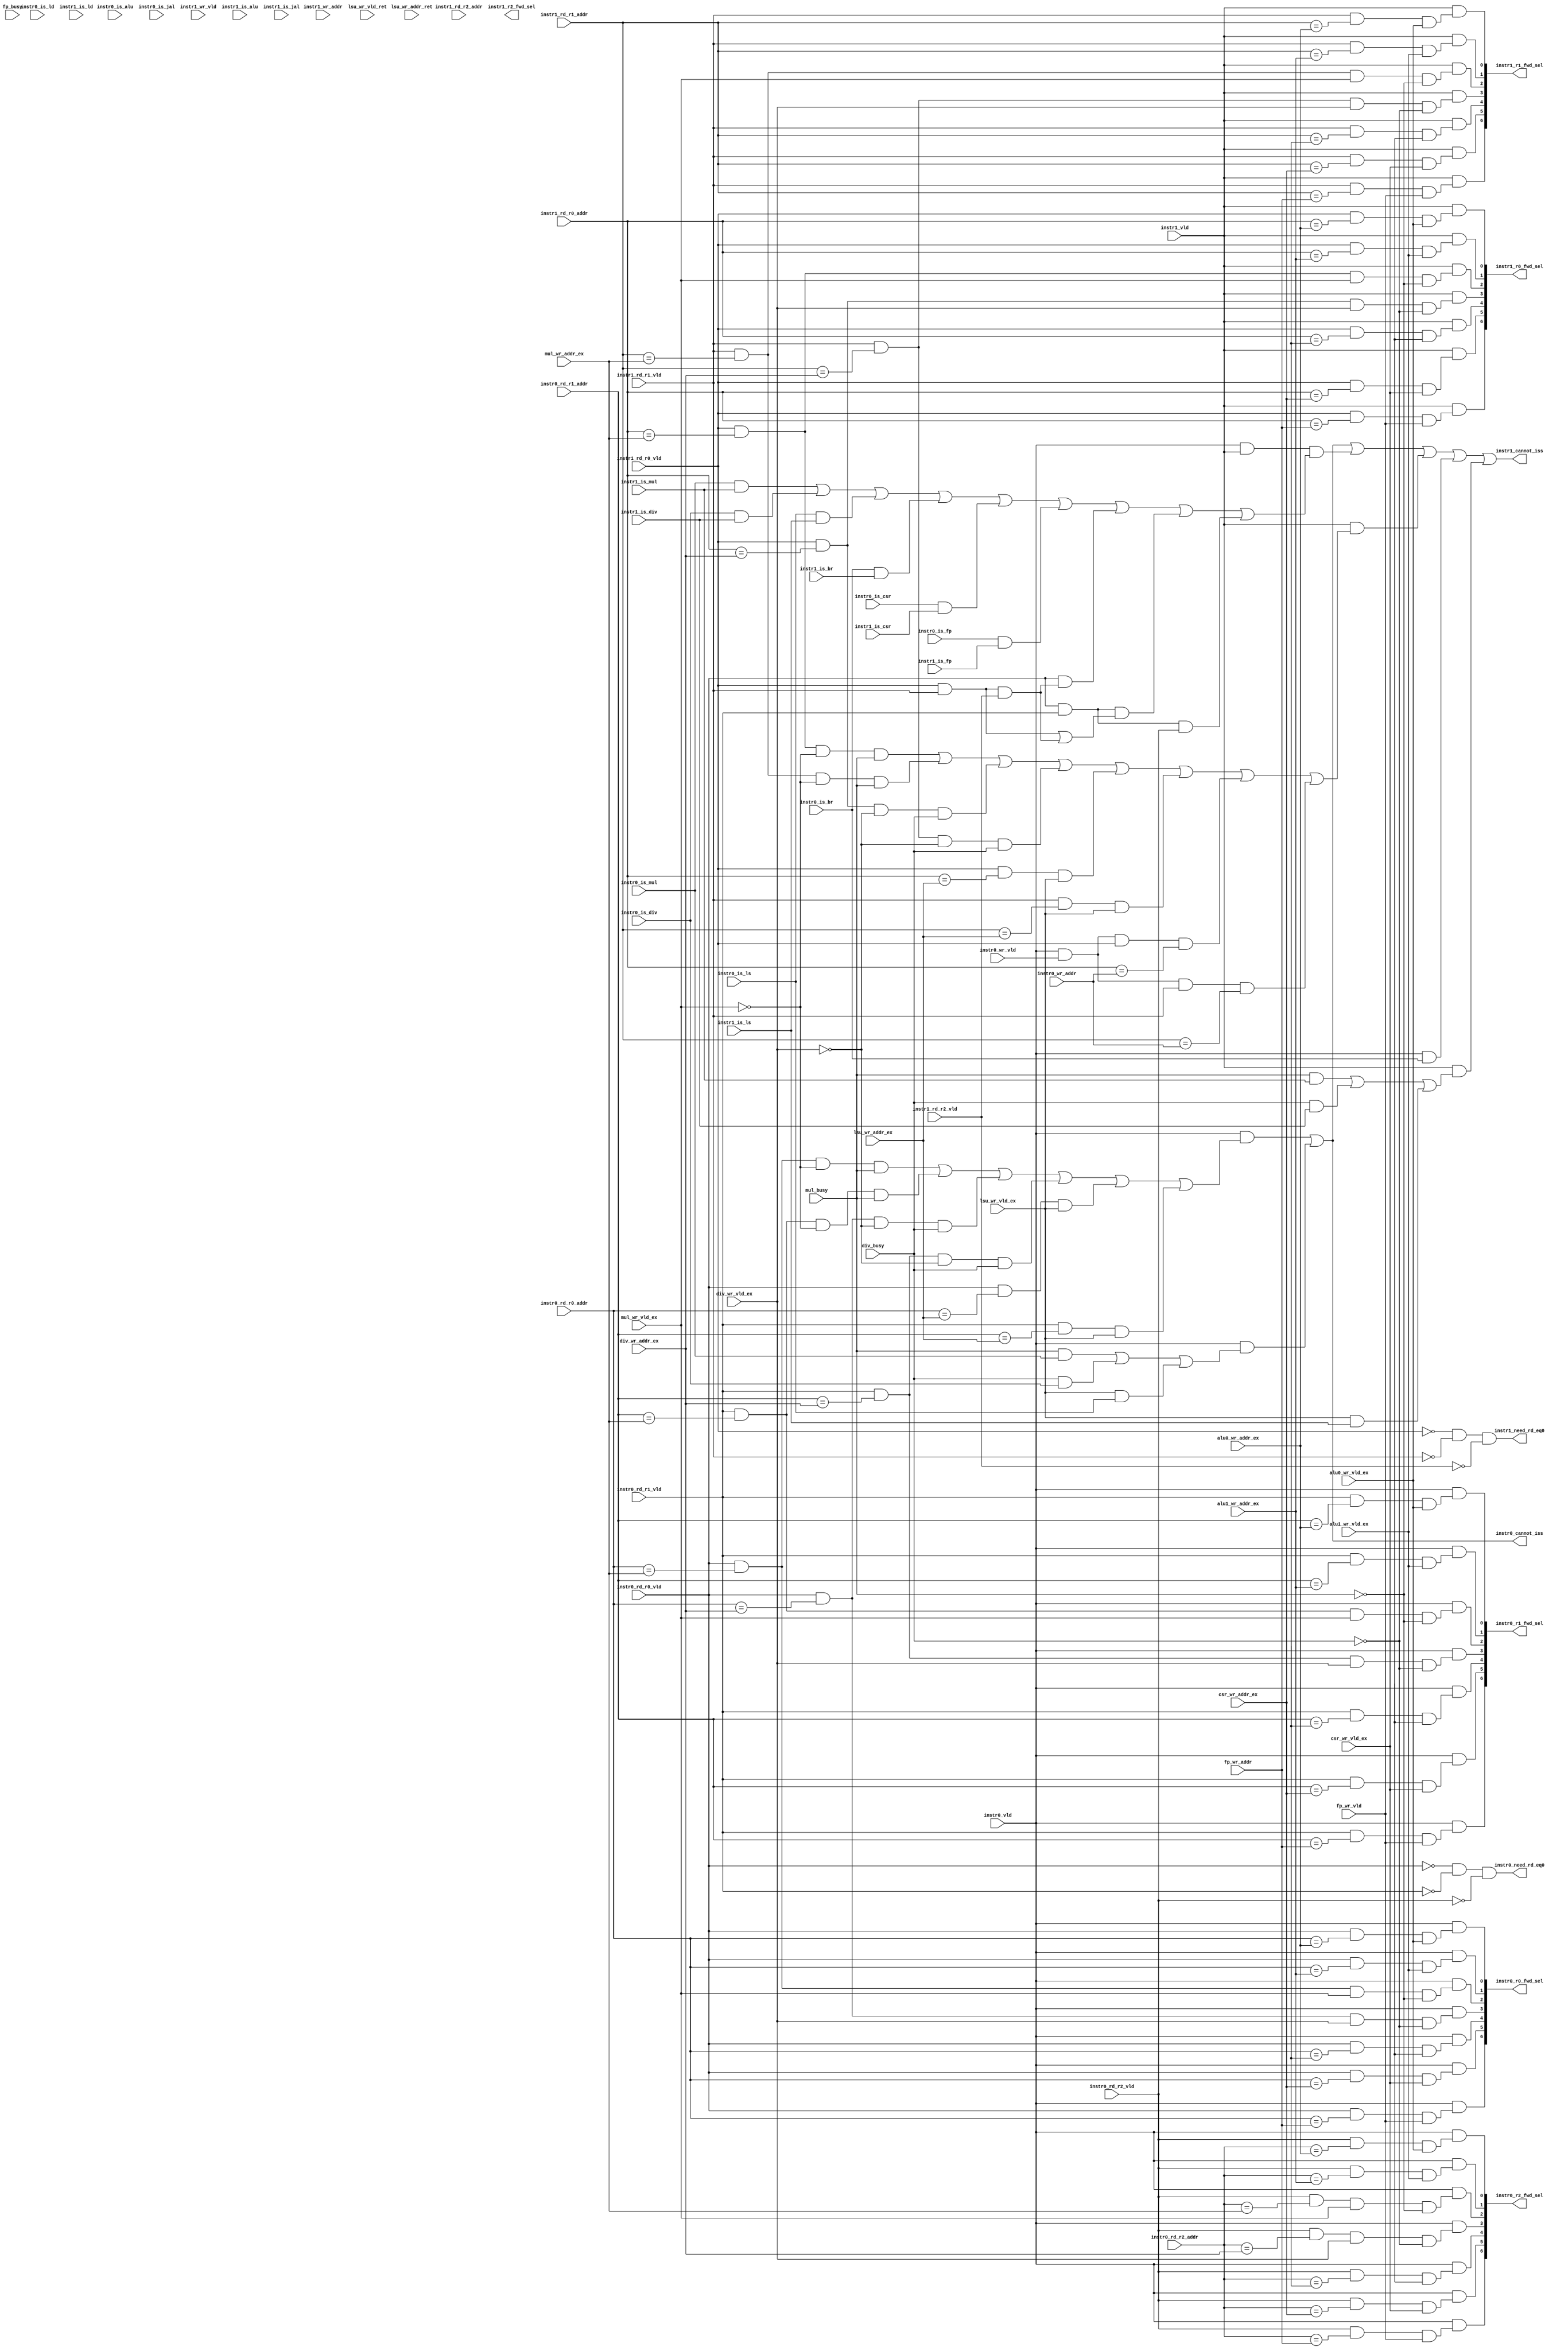
module peak_dpu_dsp_ctl(
instr0_vld,
instr0_rd_r0_vld,
instr0_rd_r0_addr,
instr0_rd_r1_vld,
instr0_rd_r1_addr,
instr0_rd_r2_vld,
instr0_rd_r2_addr,
instr0_wr_vld,
instr0_wr_addr,
instr0_is_alu,
instr0_is_mul,
instr0_is_div,
instr0_is_ld,
instr0_is_jal,
instr0_is_ls,
instr0_is_br,
instr0_is_csr,
instr0_is_fp,
instr1_vld,
instr1_rd_r0_vld,
instr1_rd_r0_addr,
instr1_rd_r1_vld,
instr1_rd_r1_addr,
instr1_rd_r2_vld,
instr1_rd_r2_addr,
instr1_wr_vld,
instr1_wr_addr,
instr1_is_alu,
instr1_is_mul,
instr1_is_div,
instr1_is_ld,
instr1_is_jal,
instr1_is_ls,
instr1_is_br,
instr1_is_csr,
instr1_is_fp,
alu0_wr_vld_ex,
alu0_wr_addr_ex,
alu1_wr_vld_ex,
alu1_wr_addr_ex,
mul_wr_vld_ex,
mul_busy,
mul_wr_addr_ex,
div_wr_vld_ex,
div_busy,
div_wr_addr_ex,
lsu_wr_vld_ex,
lsu_wr_addr_ex,
lsu_wr_vld_ret,
lsu_wr_addr_ret,
csr_wr_vld_ex,
csr_wr_addr_ex,
fp_wr_vld,
fp_busy,
fp_wr_addr,
instr0_cannot_iss,
instr1_cannot_iss,
instr0_r0_fwd_sel,
instr0_r1_fwd_sel,
instr0_r2_fwd_sel,
instr1_r0_fwd_sel,
instr1_r1_fwd_sel,
instr1_r2_fwd_sel,
instr0_need_rd_eq0,
instr1_need_rd_eq0,

);

input        instr0_vld;
input        instr0_rd_r0_vld;
input[4:0]   instr0_rd_r0_addr;
input        instr0_rd_r1_vld;
input[4:0]   instr0_rd_r1_addr;
input        instr0_rd_r2_vld;
input[4:0]   instr0_rd_r2_addr;
input        instr0_wr_vld;
input[4:0]   instr0_wr_addr;
input        instr0_is_alu;
input        instr0_is_mul;
input        instr0_is_div;
input        instr0_is_ld;
input        instr0_is_jal;
input        instr0_is_ls;
input        instr0_is_br;
input        instr0_is_csr;
input        instr0_is_fp;

input        instr1_vld;
input        instr1_rd_r0_vld;
input[4:0]   instr1_rd_r0_addr;
input        instr1_rd_r1_vld;
input[4:0]   instr1_rd_r1_addr;
input        instr1_rd_r2_vld;
input[4:0]   instr1_rd_r2_addr;
input        instr1_wr_vld;
input[4:0]   instr1_wr_addr;
input        instr1_is_alu;
input        instr1_is_mul;
input        instr1_is_div;
input        instr1_is_ld;
input        instr1_is_jal;
input        instr1_is_ls;
input        instr1_is_br;
input        instr1_is_csr;
input        instr1_is_fp;

input        alu0_wr_vld_ex;
input[4:0]   alu0_wr_addr_ex;
input        alu1_wr_vld_ex;
input[4:0]   alu1_wr_addr_ex;
input        mul_wr_vld_ex;
input        mul_busy;
input[4:0]   mul_wr_addr_ex;
input        div_wr_vld_ex;
input        div_busy;
input[4:0]   div_wr_addr_ex;
input        lsu_wr_vld_ex;
input[4:0]   lsu_wr_addr_ex;
input        lsu_wr_vld_ret;
input[4:0]   lsu_wr_addr_ret;
input        csr_wr_vld_ex;
input[4:0]   csr_wr_addr_ex;
input        fp_wr_vld;
input        fp_busy;
input[4:0]   fp_wr_addr;


output      instr0_cannot_iss;
output      instr1_cannot_iss;
output[6:0] instr0_r0_fwd_sel;
output[6:0] instr0_r1_fwd_sel;
output[6:0] instr0_r2_fwd_sel;
output[6:0] instr1_r0_fwd_sel;
output[6:0] instr1_r1_fwd_sel;
output[6:0] instr1_r2_fwd_sel;
output      instr0_need_rd_eq0;
output      instr1_need_rd_eq0;

//The hazards cases I can think out (including but not limited):
//a. inter instructions with structure hazards
//b. inter instructions with data dependency
//c. inter instructions with control dependency
//d. sequential instructions with structure hazards
//e. sequential instructions with data dependency

///////////////////////
//DEAL WITH CASE A
///////////////////////
//The plan is to have 2 alus, but they are not equal
//alu0 acts as the main alu, which couple the data path
//with mul/div, branch and csr access.
//alu1 only has the alu functions
//Two many data paths are not necessary and take more
//area and power
//If instr0 is alu, and instr1 is mul. we can switch the
//two places, and notify which one is older
//This case will be similar with branch and div
wire instr0_need_rd_eq0 = ~instr0_rd_r0_vld & ~instr0_rd_r1_vld & ~instr0_rd_r2_vld; 
wire instr0_need_rd_eq1 = instr0_rd_r0_vld;

wire instr0_need_rd_eq2 = instr0_rd_r0_vld  & instr0_rd_r1_vld;

wire instr0_need_rd_eq3 = instr0_rd_r0_vld & instr0_rd_r1_vld & instr0_rd_r2_vld; 

wire instr1_need_rd_eq0 = ~instr1_rd_r0_vld & ~instr1_rd_r1_vld & ~instr1_rd_r2_vld; 
wire instr1_need_rd_eq1 = instr1_rd_r0_vld;

wire instr1_need_rd_eq2 = instr1_rd_r0_vld  & instr1_rd_r1_vld;

wire instr1_need_rd_eq3 = instr1_rd_r0_vld & instr1_rd_r1_vld & instr1_rd_r2_vld; 

     
wire instr1_cannot_iss_inter_struct_dep = instr0_vld & instr1_vld &
	                                 ((instr0_is_mul & instr1_is_mul) ||
		                          (instr0_is_div & instr1_is_div) ||
		                          (instr0_is_ls  & instr1_is_ls)  ||
			                  (instr0_is_br  & instr1_is_br)  ||
			                  (instr0_is_csr & instr1_is_csr) ||
			                  (instr0_is_fp  & instr1_is_fp)  ||
					  (instr0_need_rd_eq1 & instr1_need_rd_eq3) ||
					  (instr0_need_rd_eq2 & (instr1_need_rd_eq2 | instr1_need_rd_eq3)) ||
					  (instr0_need_rd_eq3 )) ;

////////////////////////
//DEAL WITH CASE B/E
///////////////////////
//1. data dependency between instr0 and instr1
//2. data dependency between instr{n} and div/mul ex busy instructions
//3. data dependency between instr{n} and ld ex stage
//4. data dependency between instr{n} and fp
wire instr0_cannot_iss_data_dep = instr0_vld &
	                          ((instr0_rd_r0_vld & (instr0_rd_r0_addr == mul_wr_addr_ex) & ~mul_wr_vld_ex & mul_busy) ||
			           (instr0_rd_r1_vld & (instr0_rd_r1_addr == mul_wr_addr_ex) & ~mul_wr_vld_ex & mul_busy) ||
	                           (instr0_rd_r0_vld & (instr0_rd_r0_addr == div_wr_addr_ex) & ~div_wr_vld_ex & div_busy) ||
			           (instr0_rd_r1_vld & (instr0_rd_r1_addr == div_wr_addr_ex) & ~div_wr_vld_ex & div_busy) ||
	                           (instr0_rd_r0_vld & (instr0_rd_r0_addr == lsu_wr_addr_ex) & lsu_wr_vld_ex) ||
	                           (instr0_rd_r1_vld & (instr0_rd_r1_addr == lsu_wr_addr_ex) & lsu_wr_vld_ex) 
			           //TODO: Will add FP related logic when complete fp
			           //plan
		                   );

wire instr1_cannot_iss_data_dep = instr1_vld &
	                          ((instr1_rd_r0_vld & (instr1_rd_r0_addr == mul_wr_addr_ex) & ~mul_wr_vld_ex & mul_busy) ||
			           (instr1_rd_r1_vld & (instr1_rd_r1_addr == mul_wr_addr_ex) & ~mul_wr_vld_ex & mul_busy) ||
	                           (instr1_rd_r0_vld & (instr1_rd_r0_addr == div_wr_addr_ex) & ~div_wr_vld_ex & div_busy) ||
			           (instr1_rd_r1_vld & (instr1_rd_r1_addr == div_wr_addr_ex) & ~div_wr_vld_ex & div_busy) ||
	                           (instr1_rd_r0_vld & (instr1_rd_r0_addr == lsu_wr_addr_ex) & lsu_wr_vld_ex) ||
	                           (instr1_rd_r1_vld & (instr1_rd_r1_addr == lsu_wr_addr_ex) & lsu_wr_vld_ex) ||
				   (instr0_vld & instr0_wr_vld & instr1_rd_r0_vld & (instr1_rd_r0_addr == instr0_wr_addr)) ||
				   (instr0_vld & instr0_wr_vld & instr1_rd_r1_vld & (instr1_rd_r1_addr == instr0_wr_addr)) 
			           //TODO: Will add FP related logic when complete fp
			           //plan
		                   );


////////////////////////
//DEAL WITH CASE C
///////////////////////
wire instr1_cannot_iss_ctl_dep = instr0_vld & instr0_is_br;


////////////////////////
//DEAL WITH CASE D
///////////////////////
wire instr0_cannot_iss_seq_struct_dep = instr0_vld &
	                                ((mul_busy & instr0_is_mul)     ||
					 (div_busy & instr0_is_div)     ||
					 (lsu_wr_vld_ex & instr0_is_ls) 
					 //TODO: will add FP related logic
					 //when complete FP plan
					 );

wire instr1_cannot_iss_seq_struct_dep = instr1_vld &
	                                ((mul_busy & instr1_is_mul)     ||
					 (div_busy & instr1_is_div)     ||
					 (lsu_wr_vld_ex & instr1_is_ls) 
					 //TODO: will add FP related logic
					 //when complete FP plan
					 );
					 

wire instr0_cannot_iss = instr0_cannot_iss_data_dep         ||
			 instr0_cannot_iss_seq_struct_dep   ;

wire instr1_cannot_iss = instr0_cannot_iss                  ||
	                 instr1_cannot_iss_inter_struct_dep ||
	                 instr1_cannot_iss_data_dep         ||
                         instr1_cannot_iss_ctl_dep          ||
			 instr1_cannot_iss_seq_struct_dep   ;


//[0]: alu0
//[1]: alu1
//[2]: mul
//[3]: div
//[4]: ld
//[5]: csr
//[6]: fp
wire[6:0] instr0_r0_fwd_sel;

assign instr0_r0_fwd_sel[0] = instr0_vld &
		    	      (instr0_rd_r0_vld & (instr0_rd_r0_addr == alu0_wr_addr_ex) & alu0_wr_vld_ex);
assign instr0_r0_fwd_sel[1] = instr0_vld &
			      (instr0_rd_r0_vld & (instr0_rd_r0_addr == alu1_wr_addr_ex) & alu1_wr_vld_ex);
assign instr0_r0_fwd_sel[2] = instr0_vld &
			      (instr0_rd_r0_vld & (instr0_rd_r0_addr == mul_wr_addr_ex) & mul_wr_vld_ex & ~mul_busy);
assign instr0_r0_fwd_sel[3] = instr0_vld &
			      (instr0_rd_r0_vld & (instr0_rd_r0_addr == div_wr_addr_ex) & div_wr_vld_ex & ~div_busy);
assign instr0_r0_fwd_sel[4] = instr0_vld &
			      (instr0_rd_r0_vld & (instr0_rd_r0_addr == ls_wr_addr_ret) & ls_wr_vld_ret);
assign instr0_r0_fwd_sel[5] = instr0_vld &
			      (instr0_rd_r0_vld & (instr0_rd_r0_addr == csr_wr_addr_ex) & csr_wr_vld_ex);
assign instr0_r0_fwd_sel[6] = instr0_vld &
			      (instr0_rd_r0_vld & (instr0_rd_r0_addr == fp_wr_addr) & fp_wr_vld);

wire[6:0] instr0_r1_fwd_sel;

assign instr0_r1_fwd_sel[0] = instr0_vld &
		    	      (instr0_rd_r1_vld & (instr0_rd_r1_addr == alu0_wr_addr_ex) & alu0_wr_vld_ex);
assign instr0_r1_fwd_sel[1] = instr0_vld &
			      (instr0_rd_r1_vld & (instr0_rd_r1_addr == alu1_wr_addr_ex) & alu1_wr_vld_ex);
assign instr0_r1_fwd_sel[2] = instr0_vld &
			      (instr0_rd_r1_vld & (instr0_rd_r1_addr == mul_wr_addr_ex) & mul_wr_vld_ex & ~mul_busy);
assign instr0_r1_fwd_sel[3] = instr0_vld &
			      (instr0_rd_r1_vld & (instr0_rd_r1_addr == div_wr_addr_ex) & div_wr_vld_ex & ~div_busy);
assign instr0_r1_fwd_sel[4] = instr0_vld &
			      (instr0_rd_r1_vld & (instr0_rd_r1_addr == ls_wr_addr_ret) & ls_wr_vld_ret);
assign instr0_r1_fwd_sel[5] = instr0_vld &
			      (instr0_rd_r1_vld & (instr0_rd_r1_addr == csr_wr_addr_ex) & csr_wr_vld_ex);
assign instr0_r1_fwd_sel[6] = instr0_vld &
			      (instr0_rd_r1_vld & (instr0_rd_r1_addr == fp_wr_addr) & fp_wr_vld);

wire[6:0] instr0_r2_fwd_sel;

assign instr0_r2_fwd_sel[0] = instr0_vld &
		    	      (instr0_rd_r2_vld & (instr0_rd_r2_addr == alu0_wr_addr_ex) & alu0_wr_vld_ex);
assign instr0_r2_fwd_sel[1] = instr0_vld &
			      (instr0_rd_r2_vld & (instr0_rd_r2_addr == alu1_wr_addr_ex) & alu1_wr_vld_ex);
assign instr0_r2_fwd_sel[2] = instr0_vld &
			      (instr0_rd_r2_vld & (instr0_rd_r2_addr == mul_wr_addr_ex) & mul_wr_vld_ex & ~mul_busy);
assign instr0_r2_fwd_sel[3] = instr0_vld &
			      (instr0_rd_r2_vld & (instr0_rd_r2_addr == div_wr_addr_ex) & div_wr_vld_ex & ~div_busy);
assign instr0_r2_fwd_sel[4] = instr0_vld &
			      (instr0_rd_r2_vld & (instr0_rd_r2_addr == ls_wr_addr_ret) & ls_wr_vld_ret);
assign instr0_r2_fwd_sel[5] = instr0_vld &
			      (instr0_rd_r2_vld & (instr0_rd_r2_addr == csr_wr_addr_ex) & csr_wr_vld_ex);
assign instr0_r2_fwd_sel[6] = instr0_vld &
			      (instr0_rd_r2_vld & (instr0_rd_r2_addr == fp_wr_addr) & fp_wr_vld);


wire[6:0] instr1_r0_fwd_sel;

assign instr1_r0_fwd_sel[0] = instr1_vld &
		    	      (instr1_rd_r0_vld & (instr1_rd_r0_addr == alu0_wr_addr_ex) & alu0_wr_vld_ex);
assign instr1_r0_fwd_sel[1] = instr1_vld &
			      (instr1_rd_r0_vld & (instr1_rd_r0_addr == alu1_wr_addr_ex) & alu1_wr_vld_ex);
assign instr1_r0_fwd_sel[2] = instr1_vld &
			      (instr1_rd_r0_vld & (instr1_rd_r0_addr == mul_wr_addr_ex) & mul_wr_vld_ex & ~mul_busy);
assign instr1_r0_fwd_sel[3] = instr1_vld &
			      (instr1_rd_r0_vld & (instr1_rd_r0_addr == div_wr_addr_ex) & div_wr_vld_ex & ~div_busy);
assign instr1_r0_fwd_sel[4] = instr1_vld &
			      (instr1_rd_r0_vld & (instr1_rd_r0_addr == ls_wr_addr_ret) & ls_wr_vld_ret);
assign instr1_r0_fwd_sel[5] = instr1_vld &
			      (instr1_rd_r0_vld & (instr1_rd_r0_addr == csr_wr_addr_ex) & csr_wr_vld_ex);
assign instr1_r0_fwd_sel[6] = instr1_vld &
			      (instr1_rd_r0_vld & (instr1_rd_r0_addr == fp_wr_addr) & fp_wr_vld);

wire[6:0] instr1_r1_fwd_sel;

assign instr1_r1_fwd_sel[0] = instr1_vld &
		    	      (instr1_rd_r1_vld & (instr1_rd_r1_addr == alu0_wr_addr_ex) & alu0_wr_vld_ex);
assign instr1_r1_fwd_sel[1] = instr1_vld &
			      (instr1_rd_r1_vld & (instr1_rd_r1_addr == alu1_wr_addr_ex) & alu1_wr_vld_ex);
assign instr1_r1_fwd_sel[2] = instr1_vld &
			      (instr1_rd_r1_vld & (instr1_rd_r1_addr == mul_wr_addr_ex) & mul_wr_vld_ex & ~mul_busy);
assign instr1_r1_fwd_sel[3] = instr1_vld &
			      (instr1_rd_r1_vld & (instr1_rd_r1_addr == div_wr_addr_ex) & div_wr_vld_ex & ~div_busy);
assign instr1_r1_fwd_sel[4] = instr1_vld &
			      (instr1_rd_r1_vld & (instr1_rd_r1_addr == ls_wr_addr_ret) & ls_wr_vld_ret);
assign instr1_r1_fwd_sel[5] = instr1_vld &
			      (instr1_rd_r1_vld & (instr1_rd_r1_addr == csr_wr_addr_ex) & csr_wr_vld_ex);
assign instr1_r1_fwd_sel[6] = instr1_vld &
			      (instr1_rd_r1_vld & (instr1_rd_r1_addr == fp_wr_addr) & fp_wr_vld);

wire[6:0] instr2_r2_fwd_sel;

assign instr2_r2_fwd_sel[0] = instr2_vld &
		    	      (instr2_rd_r2_vld & (instr2_rd_r2_addr == alu0_wr_addr_ex) & alu0_wr_vld_ex);
assign instr2_r2_fwd_sel[1] = instr2_vld &
			      (instr2_rd_r2_vld & (instr2_rd_r2_addr == alu1_wr_addr_ex) & alu1_wr_vld_ex);
assign instr2_r2_fwd_sel[2] = instr2_vld &
			      (instr2_rd_r2_vld & (instr2_rd_r2_addr == mul_wr_addr_ex) & mul_wr_vld_ex & ~mul_busy);
assign instr2_r2_fwd_sel[3] = instr2_vld &
			      (instr2_rd_r2_vld & (instr2_rd_r2_addr == div_wr_addr_ex) & div_wr_vld_ex & ~div_busy);
assign instr2_r2_fwd_sel[4] = instr2_vld &
			      (instr2_rd_r2_vld & (instr2_rd_r2_addr == ls_wr_addr_ret) & ls_wr_vld_ret);
assign instr2_r2_fwd_sel[5] = instr2_vld &
			      (instr2_rd_r2_vld & (instr2_rd_r2_addr == csr_wr_addr_ex) & csr_wr_vld_ex);
assign instr2_r2_fwd_sel[6] = instr2_vld &
			      (instr2_rd_r2_vld & (instr2_rd_r2_addr == fp_wr_addr) & fp_wr_vld);

endmodule